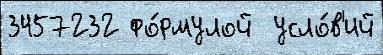
3457232 фо́рмулой  усло́в'ий